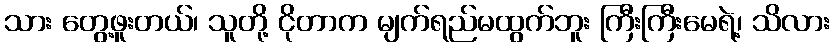
သား တွေ့ဖူးတယ်၊ သူတို့ ငိုတာက မျက်ရည်မထွက်ဘူး ကြီးကြီးမေရဲ့၊ သိလား